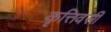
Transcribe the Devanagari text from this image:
कृत्तिवसी